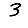
Digit: 3